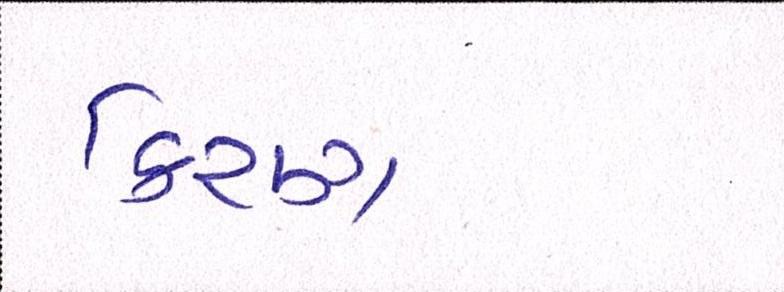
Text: કિરણ